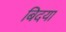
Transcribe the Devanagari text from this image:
बिदया